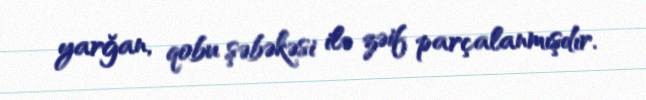
yarğan, qobu şəbəkəsi ilə zəif parçalanmışdır.